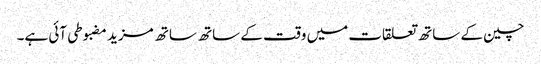
چین کے ساتھ تعلقات میں وقت کے ساتھ ساتھ مزید مضبوطی آئی ہے۔